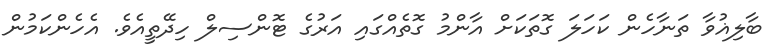
ބާލިޣުވާ ތަނާހެން ކަހަލަ ގޮތަކަށް އާންމު ގޮތެއްގައި އަރުގެ ޓޮންސިލް ހިދޭތީއެވެ. އެހެންކަމުން